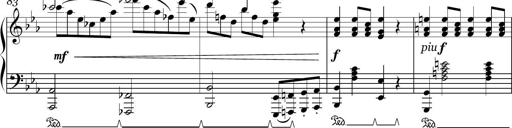
Title: Sonatina in E minor
Composer: Shuwen Zhang
Key: E minor